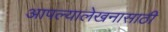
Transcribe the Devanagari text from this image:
आपल्यालेखनासाठी